French assistants in Scottish schools and training centres, 1931
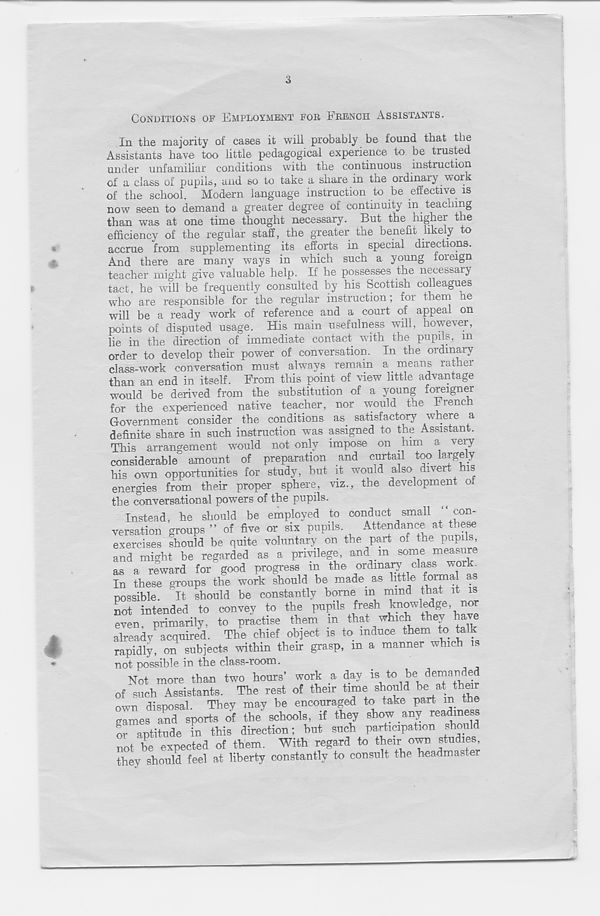
3
CONDITIONS OF EMPLOYMENT FOR FRENCH ASSISTANTS.
In the majority of cases it will probably be found that the
Assistants have too little pedagogical experience to be trusted
under unfamibar conditions with the continuous instruction
of a class of pupils, and so to take a share in the ordinary work
of the school. Modern language instruction to be effective is
now seen to demand a greater degree of continuity in teaching
than was at one time thought necessary. But the higher the
efficiency of the regular staff, the greater the benefit likely to
accrue from supplementing its efforts in special directions.
And there are many ways in which such a young foieign
teacher might give valuable help. If he possesses the necessary
tact he will be frequently consulted by his Scottish colleagues
who are responsible for the regular instruction ; for them he
will be a ready work of reference and a court of appeal on
points of disputed usage. His main usefulness will, however,
lie in the direction of immediate contact with the pupils, m
order to develop their power of conversation. In the ordinary
class-work conversation must always remain a means rathei
than an end in itself. From this point of view little advantage
would be derived from the substitution of a young foreigner
for the experienced native teacher, nor would the Irench
Government consider the conditions as. satisfactory where a
definite share in such instruction was assigned to the Assistant.
This arrangement would not only impose on him a very
considerable amount of preparation and curtail too largely
his own opportunities for study, but it would also divert his
energies from their proper sphere, viz., the development of
the conversational powers of the pupils.
Instead, he should be employed to conduct small “ con-
versation groups ” of five or six pupils.
Attendance at these
exercises should be quite voluntary on the part of the pupils,
and might be regarded as a privilege, and m some measure
as a reward for good progress m the ordinary class worF
In these groups the work should be made, as little formal as
possible. It should be constantly borne m mind that it is
not intended to convey to the pupils fresh knowledge, nor
even, primarily, to practise them m that which they a
already acquired. The chief object is to induce them to talk
rapidly, on subjects within their grasp, in a manner which is
not possible in the class-room.
Not more than two hours’ work a day i \ to k e dei " aTirle .“
of such Assistants. The rest of their time should beat their
own disposal. They may be encouraged to take part in the
games and sports of the schools, if they show .any readiness
or aptitude in this direction; but such participation should
not be expected of them. With regard to their own studies,
they should feel at liberty constantly to consult the headmaster